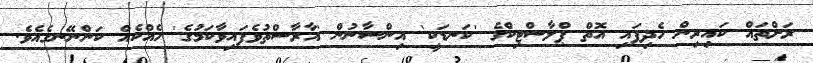
ރަށްތައް ކައިރިން ހެދިފައި އޮތް ޕްލާސްޓިކްގެ 'ކަނޑަކީ' އިންސާނުން 'އާރާސްތުވެފައިވާކަމުގެ' ހެއްކެއް ކަންނޭނގެއެވެ.